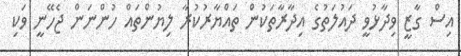
އިސް ގާޒީ ވިދާޅުވީ ދައުލަތުގެ އިދާރާތަކުން ތައްޔާރުކުރާ ލިޔުންތައް ހުންނަން ޖެހޭނީ ވަކި